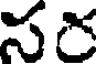
సర